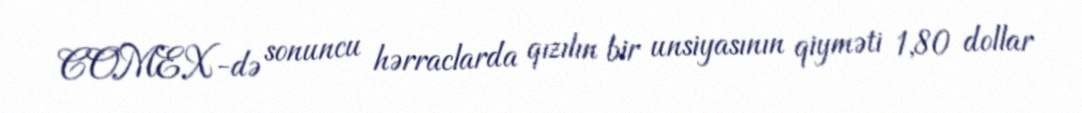
COMEX-də sonuncu hərraclarda qızılın bir unsiyasının qiyməti 1,80 dollar